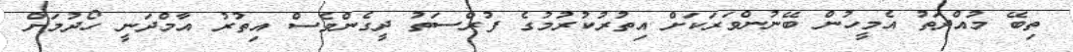
ތިބޭ މުއްދަތު އެމީހުން ބޭނުންވަރަކަށް އިތުރުކުރުމުގެ ފުރްސަތު ދީގެންވެސް އިތުރު އާމްދަނީ ހޯދުމަށް